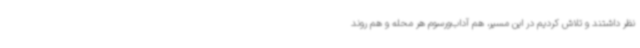
نظر داشتند و تلاش کردیم در این مسیر، هم آداب‌ورسوم هر محله و هم روند